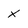
Character: x